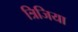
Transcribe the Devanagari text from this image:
त्रिजिया